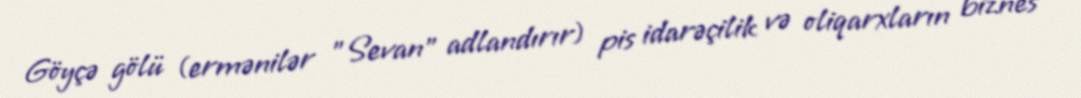
Göyçə gölü (ermənilər "Sevan" adlandırır) pis idarəçilik və oliqarxların biznes